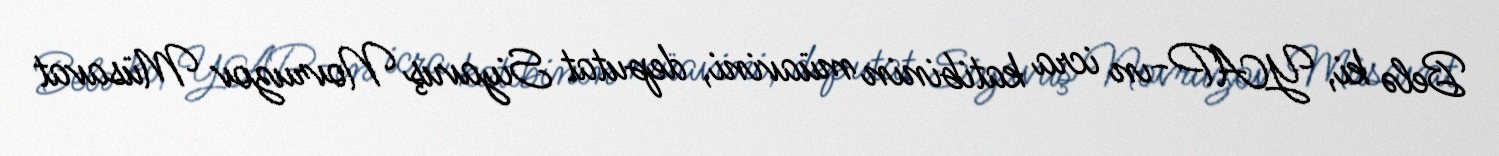
Belə ki, YAP-ın icra katibinin müavini, deputat Siyavuş Novruzov Müsavat